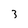
Character: 3